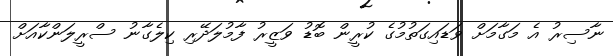
ނާސިރު އެ މަގާމަށް ވަޑައިގަތުމުގެ ކުރީން ބޮޑު ވަޒީރު ފާމުލަދޭރި ކިލެގާނު ސްރީލަންކާއަށް